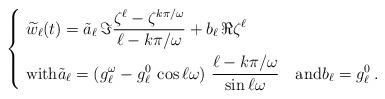
LaTeX: \begin{align*}\left\{\ \begin{aligned} & \widetilde w_\ell(t) = \tilde a_\ell \,\Im \frac{\zeta^\ell - \zeta^{k\pi/\omega}}{\ell - k\pi/\omega} + b_\ell \, \Re\zeta^\ell \\ & \mbox{with} \tilde a_\ell = (g^\omega_\ell - g^0_\ell\,\cos\ell\omega) \ \frac{\ell - k\pi/\omega}{\sin\ell\omega} \quad\mbox{and} b_\ell = g^0_\ell\,.\end{aligned}\right.\end{align*}